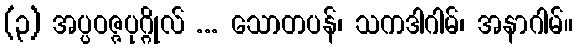
(၃) အပ္ပဝဇ္ဇပုဂ္ဂိုလ် ... သောတပန်၊ သကဒါဂါမ်၊ အနာဂါမ်။